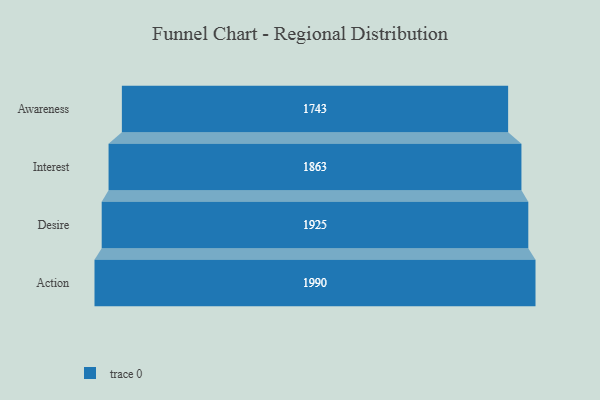
{"axis": {"x": "Stage", "y": "Value"}, "legend": [""], "data": [{"x": "Awareness", "y": 1743.0, "type": ""}, {"x": "Interest", "y": 1863.0, "type": ""}, {"x": "Desire", "y": 1925.0, "type": ""}, {"x": "Action", "y": 1990.0, "type": ""}]}